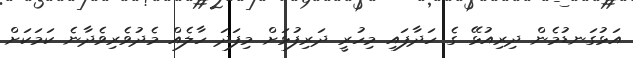
އަޅުގަނޑުމެން ދިރިއުޅޭ ގެ ހަދާފައި މިހުރީ ދަރިފުޅަށް މިފަދަ ހާލެއް މެދުވެރިވެދާނެ ކަމަކަށް